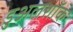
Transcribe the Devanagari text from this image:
डुअलशॉक